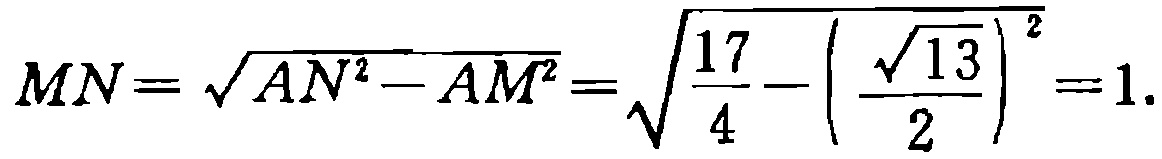
\[

MN = \sqrt{AN^{2}-AM^{2}}=\sqrt{\frac{17}{4}-\left(\frac{\sqrt{13}}{2}\right)^{2}} = 1.

\]